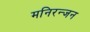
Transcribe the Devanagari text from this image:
मनिरन्जन